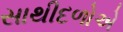
સાથીદળોએ